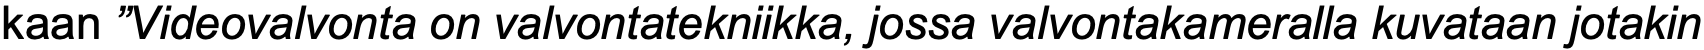
kaan ”Videovalvonta on valvontatekniikka, jossa valvontakameralla kuvataan jotakin